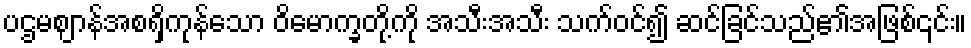
ပဌမဈာန်အစရှိကုန်သော ဝိမောက္ခတို့ကို အသီးအသီး သက်ဝင်၍ ဆင်ခြင်သည်၏အဖြစ်၎င်း။